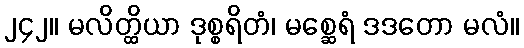
၂၄၂။ မလိတ္ထိယာ ဒုစ္စရိတံ၊ မစ္ဆေရံ ဒဒတော မလံ။